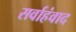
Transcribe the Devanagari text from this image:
सर्वाहंवाद